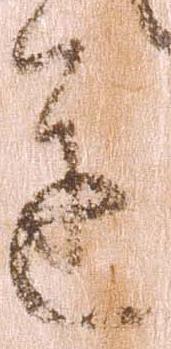
達